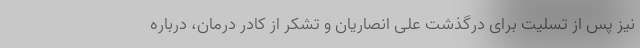
نیز پس از تسلیت برای درگذشت علی انصاریان و تشکر از کادر درمان، درباره